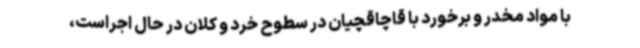
با مواد مخدر و برخورد با قاچاقچیان در سطوح خرد و کلان در حال اجراست،